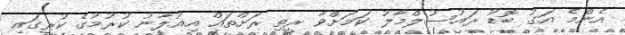
އެންމެ އަގު ބޮޑު ރައުސުލްމާލު ކަމަށްވާ ރީތި ރަށްތައް އިއުލާނު ކުރުމުގެ ކުރީގައި